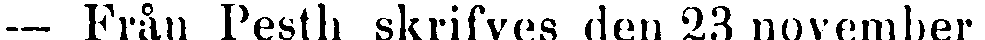
- Från Pesth skrifves den 23 november: